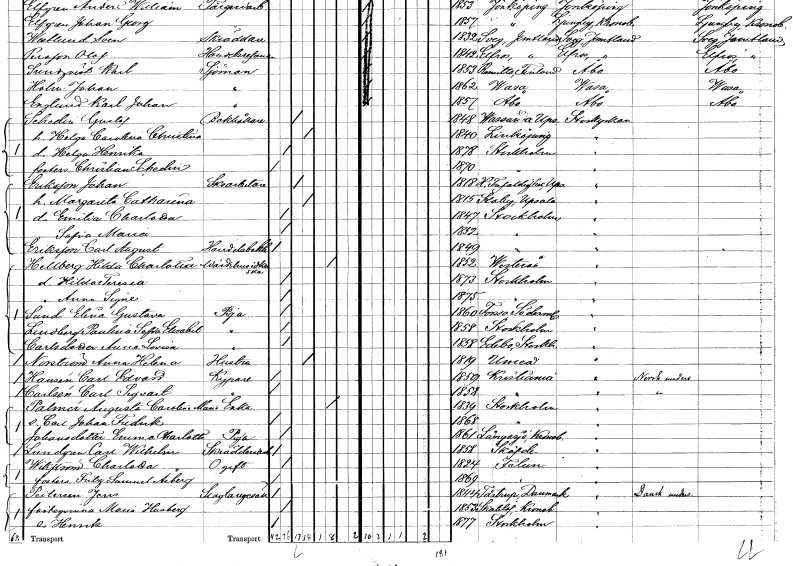
gt_parse: households: individuals: FN: Helga Henrika
KON: K
CIV: O
FODAR: 1878
FODFORS: Stockholm
FN: Christian
EN: Schedin
KON: M
CIV: O
FODAR: 1870
FODFORS: Stockholm
FN: Johan
EN: Eriksson
YRKE: Skoarbetare
KON: M
CIV: G
FODAR: 1818
FODFORS: Heliga Trefaldighet Uppsala län
FN: Margareta Catharina
KON: K
CIV: G
FODAR: 1815
FODFORS: Stavby Uppsala län
FN: Emilia Charlotta
KON: K
CIV: O
FODAR: 1847
FODFORS: Stockholm
FN: Sofia Maria
KON: K
CIV: O
FODAR: 1852
FODFORS: Stockholm
FN: Carl August
EN: Eriksson
YRKE: Handelsbokhållare
KON: M
CIV: O
FODAR: 1849
FODFORS: Stockholm
FN: Hilda Charlotta
EN: Hellberg
YRKE: Värdshusidkerska
KON: K
CIV: E
FODAR: 1852
FODFORS: Västerås Västmanlands län
FN: Hilda Teresia
KON: K
CIV: O
FODAR: 1873
FODFORS: Stockholm
FN: Anna Signe
KON: K
CIV: O
FODAR: 1875
FODFORS: Stockholm
FN: Elina Gustava
EN: Sund
YRKE: Piga
KON: K
CIV: O
FODAR: 1860
FODFORS: Forssa Södermanlands län
FN: Paulina Sofia Elisabet
EN: Lindberg
YRKE: Piga
KON: K
CIV: O
FODAR: 1858
FODFORS: Stockholm
FN: Anna Lovisa
EN: Carlsdotter
YRKE: Piga
KON: K
CIV: O
FODAR: 1858
FODFORS: Edebo Stockholms län
FN: Anna Helena
EN: Norström
YRKE: Hustru
KON: K
CIV: G
FODAR: 1819
FODFORS: Umeå Västerbottens län
FN: Carl Edvard
EN: Hansén
YRKE: Kypare
KON: M
CIV: O
FODAR: 1859
FN: Carl Segvart
EN: Carlén
YRKE: Kypare
KON: M
CIV: O
FODAR: 1858
FN: Augusta Carolina Maria
EN: Palmér
YRKE: Änka
KON: K
CIV: E
FODAR: 1839
FODFORS: Stockholm
FN: Carl Johan Fredrik
KON: M
CIV: O
FODAR: 1868
FODFORS: Stockholm
FN: Emma Charlotta
EN: Johansdotter
YRKE: Piga
KON: K
CIV: O
FODAR: 1861
FODFORS: Långasjö Kalmar län
FN: Carl Wilhelm
EN: Lundgren
YRKE: Skrädderiarbetare
KON: M
CIV: O
FODAR: 1858
FODFORS: Skövde Skaraborgs län
FN: Charlotta
EN: Wikström
KON: K
CIV: O
FODAR: 1824
FODFORS: Falun Kopparbergs län
FN: Fritz Samuel
EN: Åberg
KON: M
CIV: O
FODAR: 1869
FODFORS: Falun Kopparbergs län
FN: Jens
EN: Peitersen
YRKE: Slaktaregesäll
KON: M
CIV: O
FODAR: 1844
FN: Maria
EN: Husberg
KON: K
CIV: O
FODAR: 1853
FODFORS: Skatelöv Kronobergs län
FN: Henrik
KON: M
CIV: O
FODAR: 1877
FODFORS: Stockholm